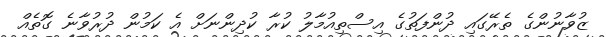
ޒުވާނުންގެ ތެރޭގައި ދުންފަތުގެ އިސްތިއުމާލު ކުރާ ކުދިންނަށް އެ ކަމުން ދުރުވާނެ ގޮތެއް